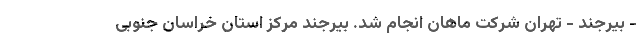
- بیرجند - تهران شرکت ماهان انجام شد. بیرجند مرکز استان خراسان جنوبی